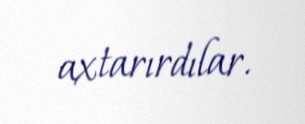
axtarırdılar.